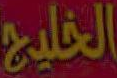
الخليج